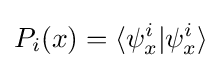
P_{i}(x)=\langle \psi _{x}^{i}|\psi _{x}^{i}\rangle